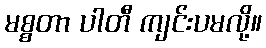
မစ္စတာ ပါတီ ကျင်းပမလို့။